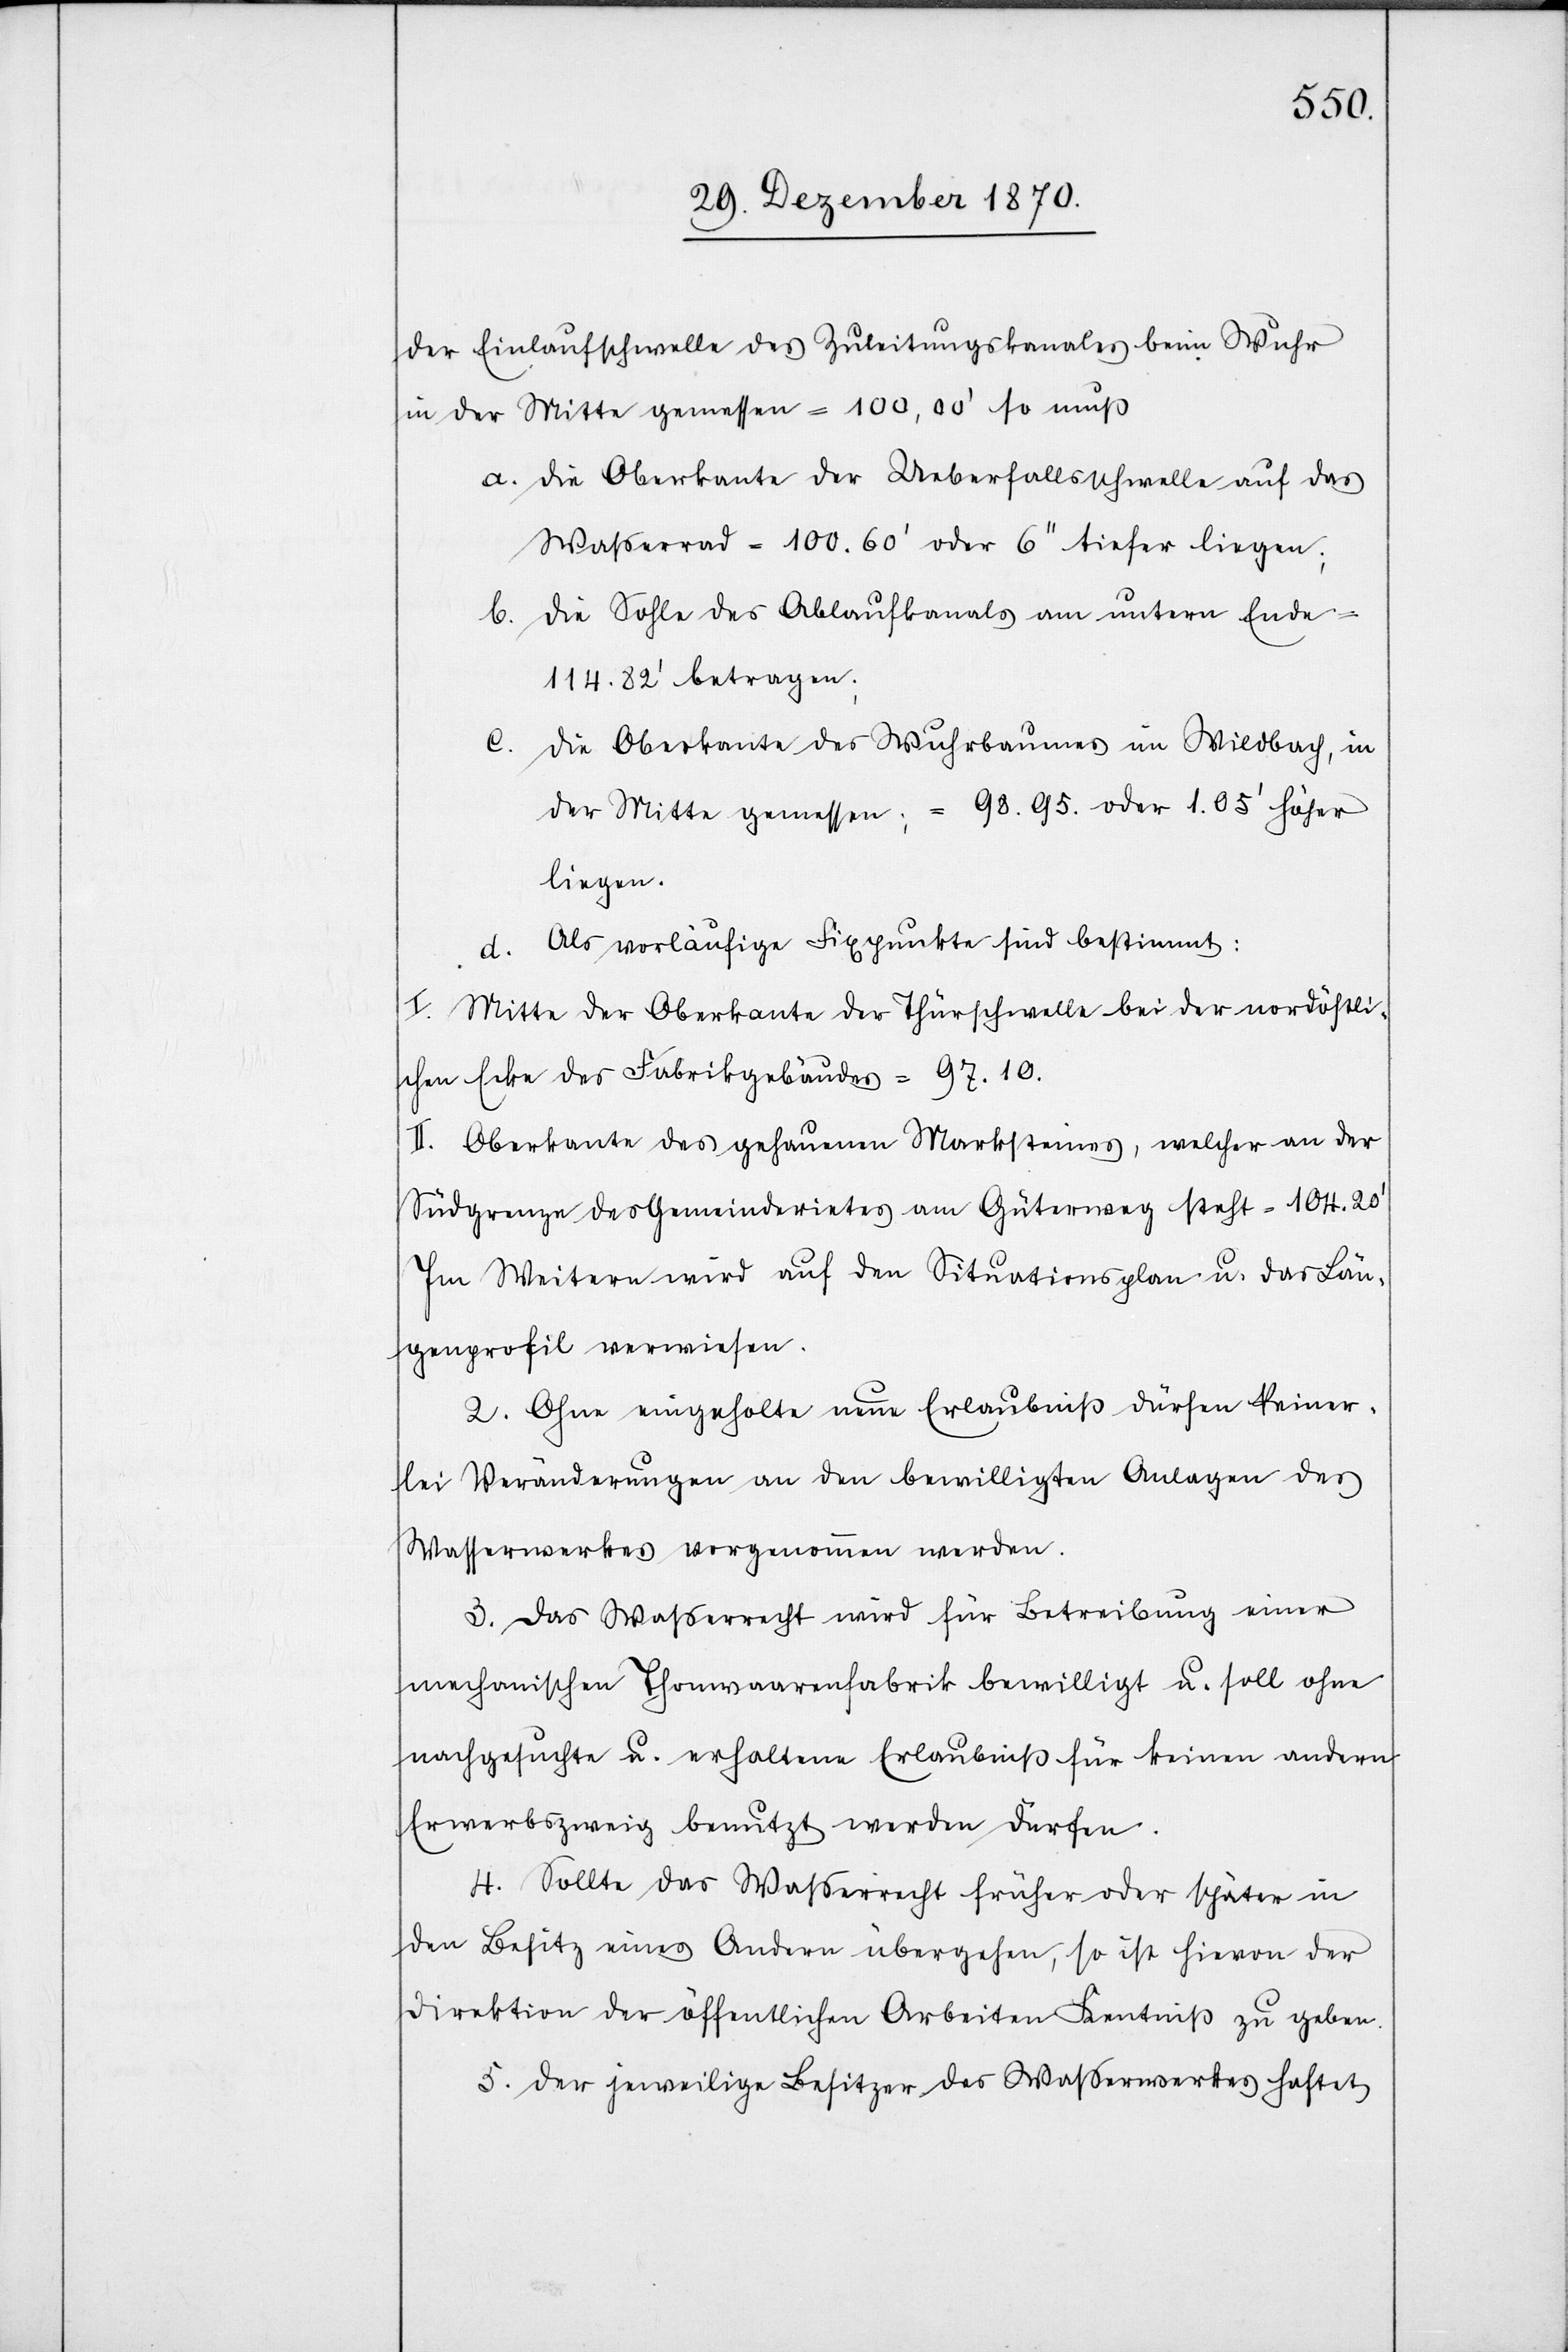
der Einlaufschwelle des Zuleitungskanales beim Wuhr
in der Mitte gemessen = 100.00’ so muß
a. Die Oberkante der Ueberfallschwelle auf das
Wasserrad = 100.60’ oder 6’’ tiefer liegen;
b. Die Sohle des Ablaufkanals am untern Ende
114.82’ betragen;
c. Die Oberkante des Wuhrbaumes im Wildbach, in
der Mitte gemessen: = 98.95. oder 1.05’ höher
liegen.
d. Als vorläufige Fixpunkte sind bestimmt:
I. Mitte der Oberkante der Thürschwelle bei der nordöstli¬
chen Ecke des Fabrikgebäudes = 97.10.
II. Oberkante des gehauenen Marksteines, welcher an der
Südgrenze des Gemeinderietes am Güterweg steht = 104.20’
Im Weitern wird auf den Situationsplan u. das Län¬
genprofil verwiesen.
2. Ohne eingeholte neue Erlaubniß dürfen keiner¬
lei Veränderungen an den bewilligten Anlagen des
Wasserwerkes vorgenommen werden.
3. Das Wasserrecht wird für Betreibung einer
mechanischen Thonwaarenfabrik bewilligt u. soll ohne
nachgesuchte u. erhaltene Erlaubniß für keinen andern
Erwerbszweig benutzt werden dürfen.
4. Sollte das Waßerrecht früher oder später in
den Besitz eines Andern übergehen, so ist hievon der
Direktion der öffentlichen Arbeiten Kenntniß zu geben.
5. Der jeweilige Besitzer des Wasserwerkes haftet